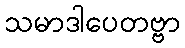
သမာဒါပေတဗ္ဗာ